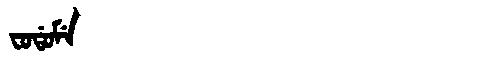
Manchu: ᠸᠣᡩᠣᠮᡝ
Romanization: FODOME